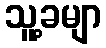
သူ့ခမျာ